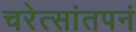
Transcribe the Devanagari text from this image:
चरेत्सांतपनं